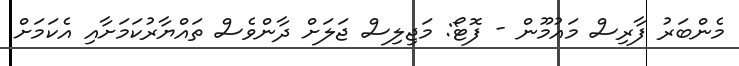
މެންބަރު ފާރިސް މައުމޫން - ފޮޓޯ: މަޖިލިސް ޖަލަށް ދާންވެސް ތައްޔާރުކަމަށާއި އެކަމަށް